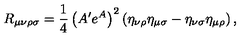
R _ { \mu \nu \rho \sigma } = \frac { 1 } { 4 } \left( A ^ { \prime } e ^ { A } \right) ^ { 2 } \left( \eta _ { \nu \rho } \eta _ { \mu \sigma } - \eta _ { \nu \sigma } \eta _ { \mu \rho } \right) ,